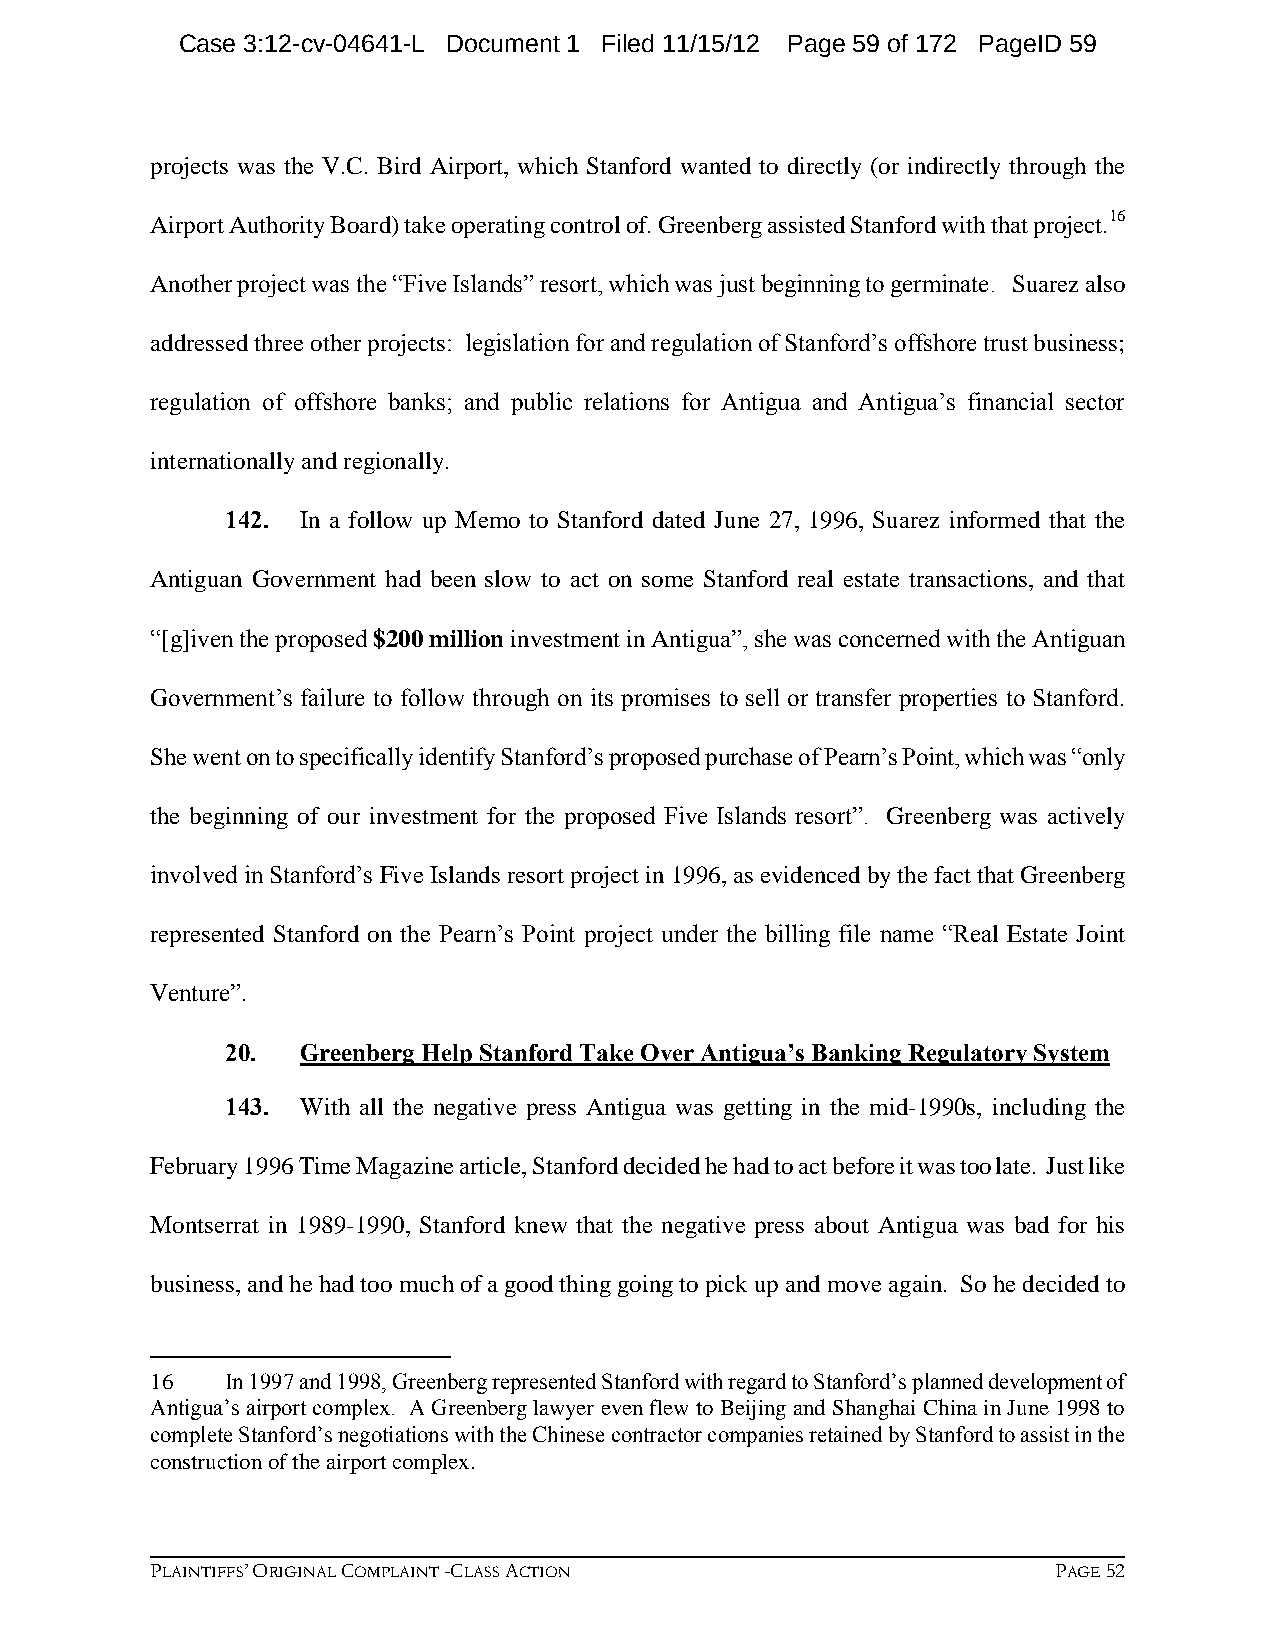
Case 3:12-cv-04641-L Document 1 Filed 11/15/12 Page 59 of 172 PageID 59
 projects was the V.C. Bird Airport, which Stanford wanted to directly (or indirectly through the
 Airport Authority Board) take operating control of. Greenberg assisted Stanford with that project.16
 Another project was the “Five Islands” resort, which was just beginning to germinate. Suarez also
 addressed three other projects: legislation for and regulation of Stanford’s offshore trust business;
 regulation of offshore banks; and public relations for Antigua and Antigua’s financial sector
 internationally and regionally.
 142. In a follow up Memo to Stanford dated June 27, 1996, Suarez informed that the
 Antiguan Government had been slow to act on some Stanford real estate transactions, and that
 “[g]iven the proposed $200 million investment in Antigua”, she was concerned with the Antiguan
 Government’s failure to follow through on its promises to sell or transfer properties to Stanford.
 She went on to specifically identify Stanford’s proposed purchase of Pearn’s Point, which was “only
 the beginning of our investment for the proposed Five Islands resort”. Greenberg was actively
 involved in Stanford’s Five Islands resort project in 1996, as evidenced by the fact that Greenberg
 represented Stanford on the Pearn’s Point project under the billing file name “Real Estate Joint
 Venture”.
 20.  Greenberg Help Stanford Take Over Antigua’s Banking Regulatory System
 143. With all the negative press Antigua was getting in the mid-1990s, including the
 February 1996 Time Magazine article, Stanford decided he had to act before it was too late. Just like
 Montserrat in 1989-1990, Stanford knew that the negative press about Antigua was bad for his
 business, and he had too much of a good thing going to pick up and move again. So he decided to
 16   In 1997 and 1998, Greenberg represented Stanford with regard to Stanford’s planned development of
 Antigua’s airport complex. A Greenberg lawyer even flew to Beijing and Shanghai China in June 1998 to
 complete Stanford’s negotiations with the Chinese contractor companies retained by Stanford to assist in the
 construction of the airport complex.
 PLAINTIFFS’ ORIGINAL COMPLAINT -CLASS ACTION                PAGE 52